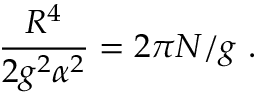
\frac { R ^ { 4 } } { 2 g ^ { 2 } \alpha ^ { 2 } } = 2 \pi N / g \ .